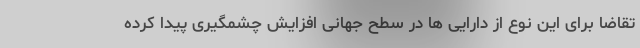
تقاضا برای این نوع از دارایی ها در سطح جهانی افزایش چشمگیری پیدا کرده